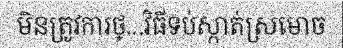
មិនត្រូវការថ្...វិធីទប់ស្កាត់ស្រមោច